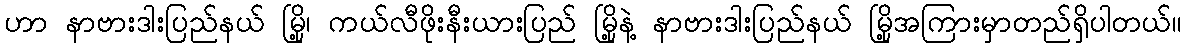
ဟာ နာဗားဒါးပြည်နယ် မြို့၊ ကယ်လီဖိုးနီးယားပြည် မြို့နဲ့ နာဗားဒါးပြည်နယ် မြို့အကြားမှာတည်ရှိပါတယ်။